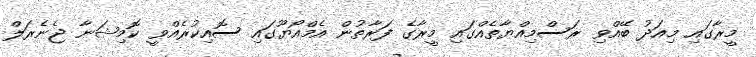
މީރާގައި މިއަދު ބޭއްވި ރަސްމިއްޔާތެއްގައި މީރާގެ ފަރާތުން އެމްއޯޔޫގައި ސޮއިކުރެއްވީ ކޮމިޝަނާ ޖެނެރަލް